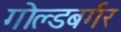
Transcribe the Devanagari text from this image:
गोल्डबर्गर